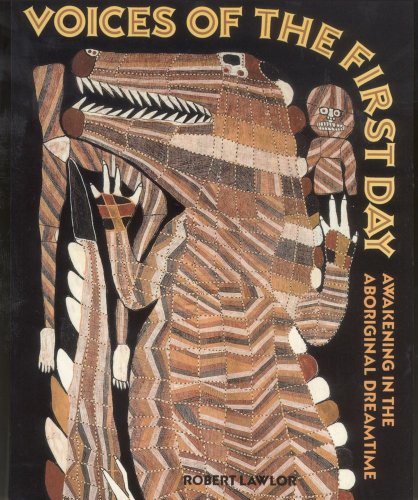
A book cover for Voices of the First Day: Awakening in the Aboriginal Dreamtime; Robert Lawlor; History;